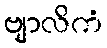
ဗျာလိကံ